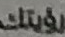
رؤيتك